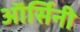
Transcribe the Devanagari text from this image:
ऑर्सिनी